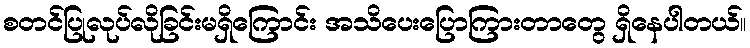
စတင်ပြုလုပ်လိုခြင်းမရှိကြောင်း အသိပေးပြောကြားတာတွေ ရှိနေပါတယ်။